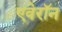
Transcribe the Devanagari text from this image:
एवेरॉन